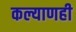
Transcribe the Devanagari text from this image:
कल्याणही